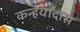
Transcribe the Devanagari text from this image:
कन्हैयादास